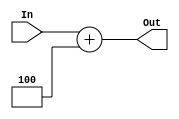
`timescale 1ns / 1ps
//////////////////////////////////////////////////////////////////////////////////
// Company: 
// Engineer: 
// 
// Design Name: 
// Module Name:    Adder 
// Project Name: 
// Target Devices: 
// Tool versions: 
// Description: 
//
// Dependencies: 
//
// Revision: 
// Revision 0.01 - File Created
// Additional Comments: 
//
//////////////////////////////////////////////////////////////////////////////////
module Adder(
    input [31:0] In,
    output [31:0] Out
    );

	assign Out = In + 4;

endmodule